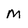
Character: m